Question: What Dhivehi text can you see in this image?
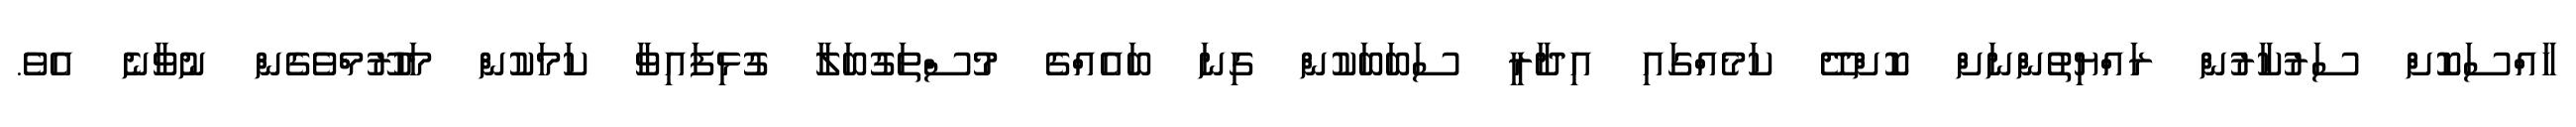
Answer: ހާއްސަކޮށް ސަރުކާރުން ރައްޔިތުންނަށް ކޮށްދޭ ކަމެއްގައި އިދާރީ ސަބަބަކުން ގިނަ ބައެއްގެ މުސްތަގުބަލާ ގުޅިފައިވާ ކަމަކުން މަހުރޫމްވެގެން ނުވާނެ އެވެ.